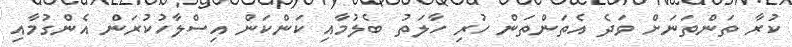
ކުރާ ތަންތަނަށް ވަދެ އެތަންތަން ހުރި ހާލަތު ބެލުމާއި ކަންކަން އިސްލާހުކުރަން އެންގުމާއި